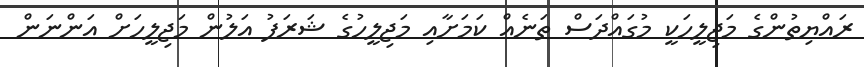
ރައްޔިތުންގެ މަޖިލީހަކީ މުގައްދަސް ތަނެއް ކަމަށާއި މަޖިލީހުގެ ޝަރަފު އަލުން މަޖިލީހަށް އަންނަން